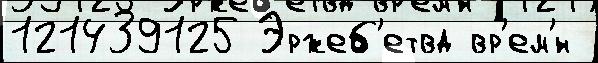
121439125 Эржеб'етвд вр'ем'́н